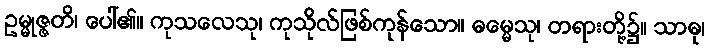
ဥမ္မုဇ္ဇတိ၊ ပေါ်၏။ ကုသလေသု၊ ကုသိုလ်ဖြစ်ကုန်သော။ ဓမ္မေသု၊ တရားတို့၌။ သာဓု၊